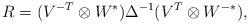
LaTeX: \begin{align*} R=(V^{-T}\otimes W^*)\Delta^{-1}(V^T\otimes W^{-*}),\end{align*}